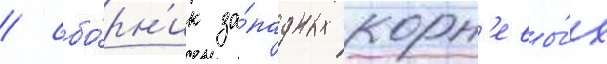
/ сбо́рн'ик за́падных корн'евы́х